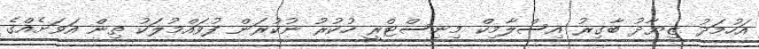
އަހުމަދު ޒިޔާދު ބާގިރު އިސްލާމިކް މިނިސްޓްރީ ހުކުރު ނުކުރަން ފުވައްމުލަކު ތިން އަވަށެއްގެ